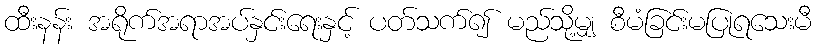
ထီးနန်း အရိုက်အရာအပ်နှင်းရေးနှင့် ပတ်သက်၍ မည်သို့မျှ စီမံခြင်းမပြုရသေးမီ